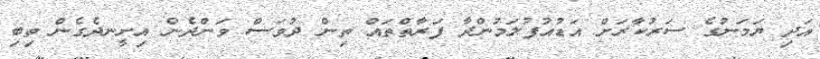
އަދި ޔަމަނުގެ ސަރުކާރަށް އަޑުއުފުލަމުންދާ ފަރާތްތައް ތިން ދުވަސް ވަންދެން އިށީނދެގެން ތިބި